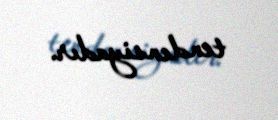
tendensiyadır.